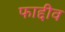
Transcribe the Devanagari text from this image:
फाद्दीव